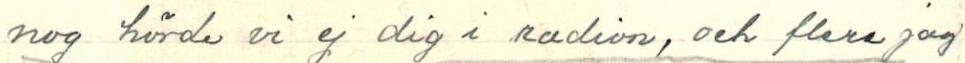
nog hörde vi ej dig i radion, och flere jag